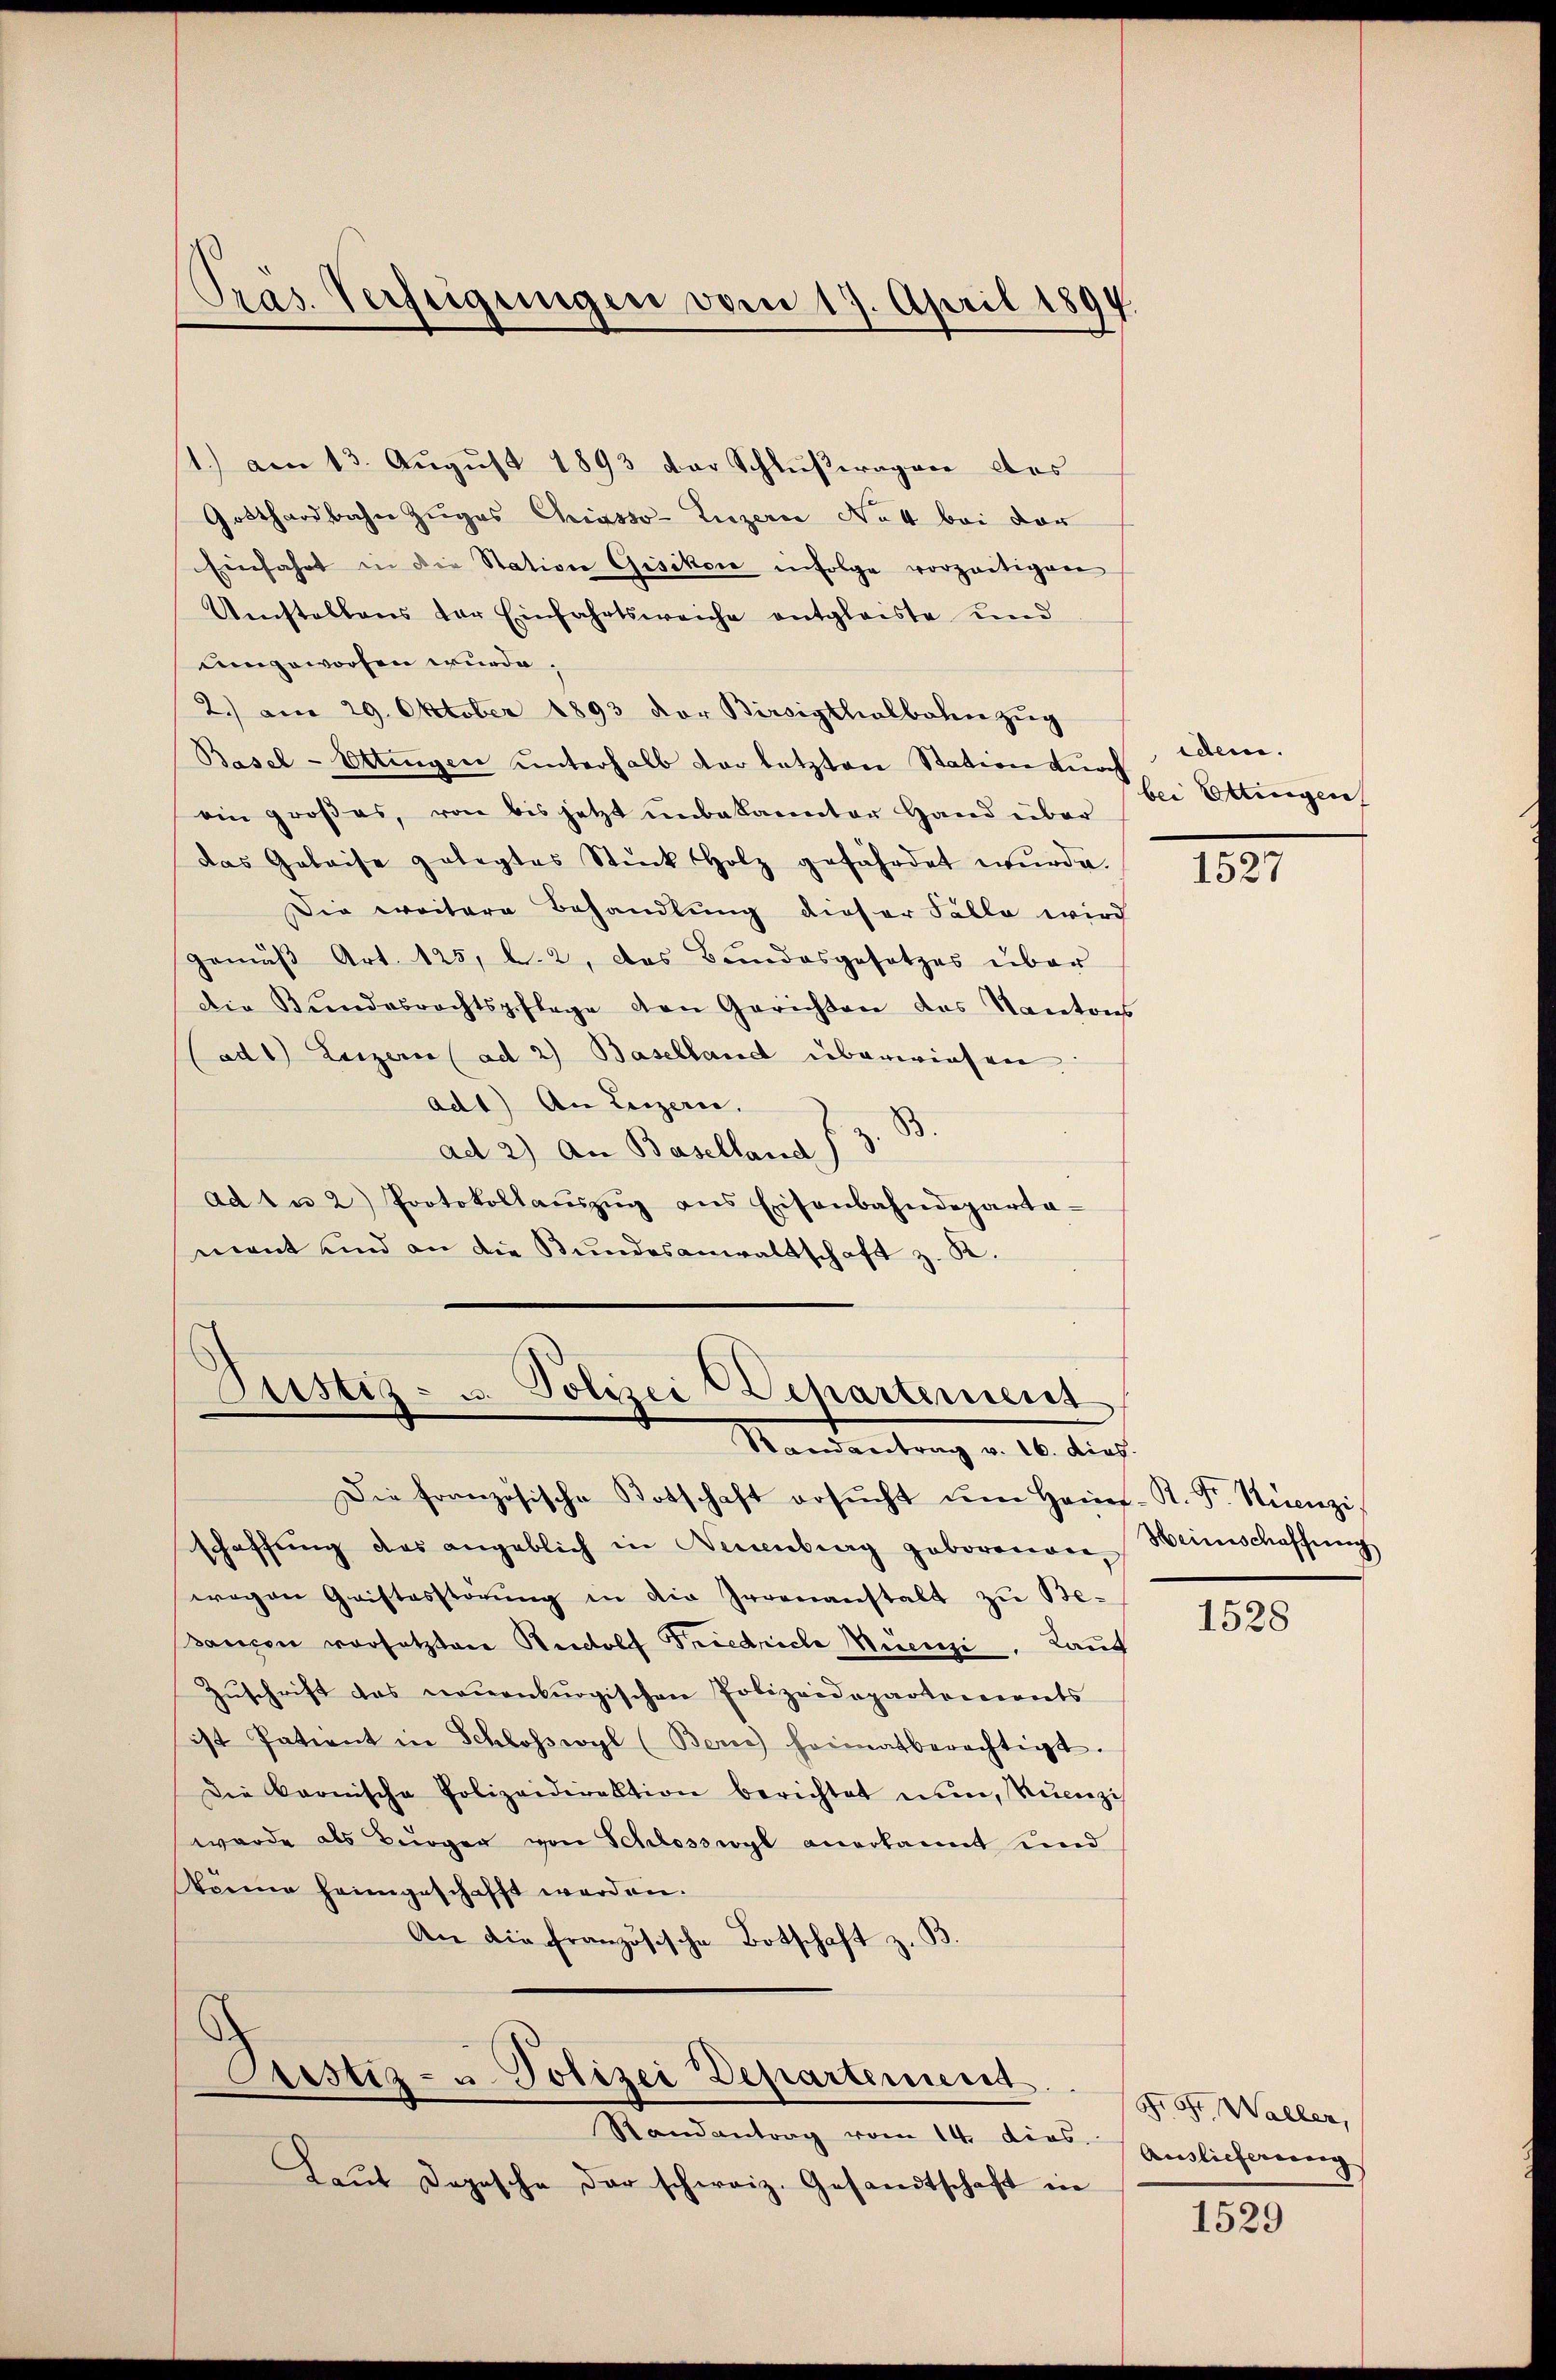
Präs. Verfeigungen vom 17. April 1894.

1.) am 13. August 1893 der Schlŭβeragen des
Gotthardbahn Zuges Chiasso Luzern No 4 bei der
Einfahrt in die Station Gisikon infolge vorzeitigen
Umstellens der Einfahrtsweiche entgleiste und
Leingeworfen wurde;
2.) am 29. Oktober 1893 der Birsigthalbahn zŭg
Basel- Ettingen unterhalb der letzten Station durch lebene.
ein großes, von bis jetzt unbekannter Hand über
das Geleise gelegtes Stück Holz gefährdet wŭrde.
Die weitere Behandlung dieser Fälle wird
gemäβ Art. 125, l. 2, das Bundesgesetzes über
Die Bŭndesrechtspflege den Gerichten das Kantons
(ad 1) Luzern (ad 2) Baselland überwiesen.
ad1) An Luzern.
ad 2) An Baselland J. z. B.
ad 1 u 2) Protokollaŭszŭg ans Eisenbahndeparta-
mant und an die Bundesanwaltschaft z. K.

Justiz- u. Polizei Departement
Randantrag v. 16. dies

Die französische Botschaft ersŭcht ŭm Hein-R. Dr. Stünzi,
schaffŭng des angeblich in Neuenburg geborenen Weinschaffung
wegen Gristesstörŭng in die Irrenanstalt zu Be¬
Banzen vorsetztere Rudolf Friedriche Wienzi. Kant
Zŭschrift das neuenburgischen Polizeidepartements
ist Patient in Schlosswyl (Bern heimatberechtigt.
Die karnische Polizeidirektion berichtet mine, Neuenzi
wurde als Bürger von Schlosswyl anerkannt und
könne heimgeschafft werden.
An die französische Botschaft z. B.

.
Pestiz- u. Polizei Departement.

Randantrag vom 14. dies
Laŭt Dopische der schweiz. Gesandtschaft in

bei Ettingen

1527

1528

d. Oft Waller,
Auslicherung

1529